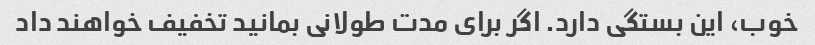
خوب، این بستگی دارد. اگر برای مدت طولانی بمانید تخفیف خواهند داد